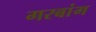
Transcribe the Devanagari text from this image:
गरबांग